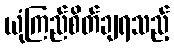
ယုံကြည်စိတ်ချရသည့်